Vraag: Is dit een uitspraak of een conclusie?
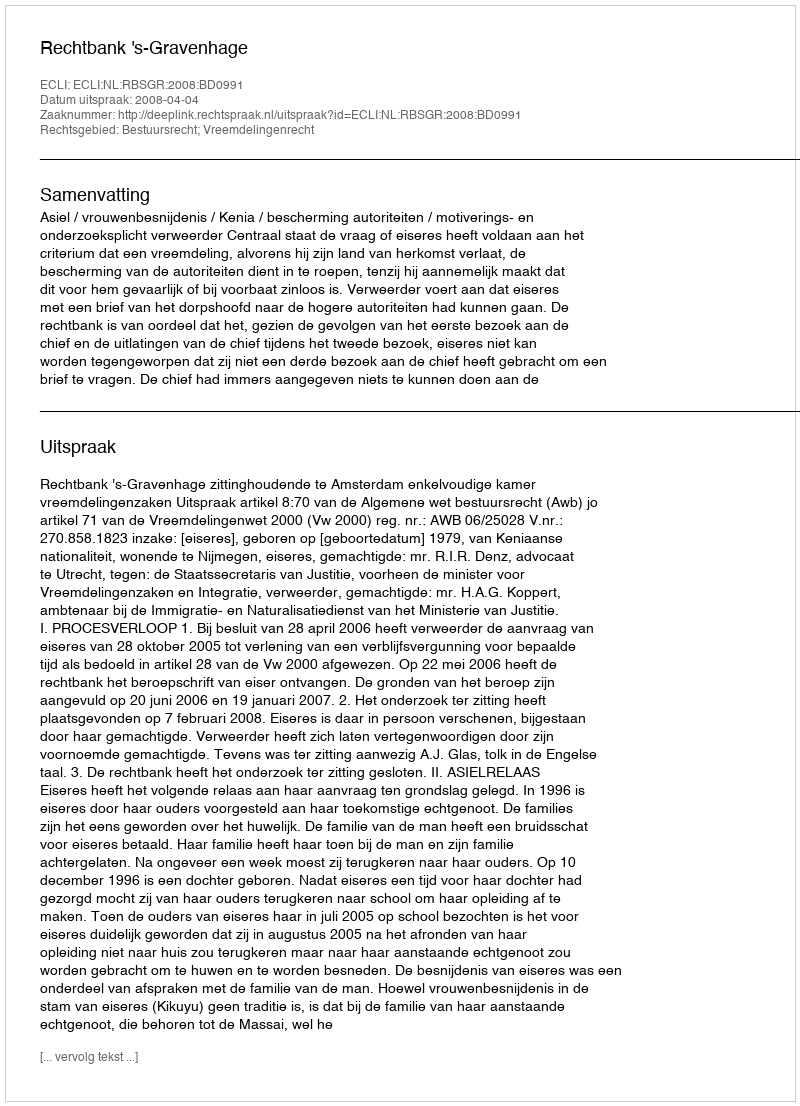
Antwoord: Uitspraak